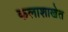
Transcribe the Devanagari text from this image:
कलाशाखेत